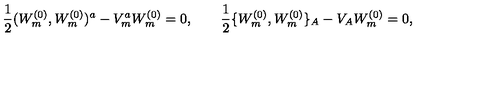
\mathrm { \large \frac { 1 } { 2 } } ( W _ { m } ^ { ( 0 ) } , W _ { m } ^ { ( 0 ) } ) ^ { a } - V _ { m } ^ { a } W _ { m } ^ { ( 0 ) } = 0 , \qquad \mathrm { \large \frac { 1 } { 2 } } \{ W _ { m } ^ { ( 0 ) } , W _ { m } ^ { ( 0 ) } \} _ { A } - V _ { A } W _ { m } ^ { ( 0 ) } = 0 ,